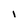
Character: 1